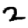
Digit: 2